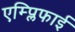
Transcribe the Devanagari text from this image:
एम्प्लिफाई